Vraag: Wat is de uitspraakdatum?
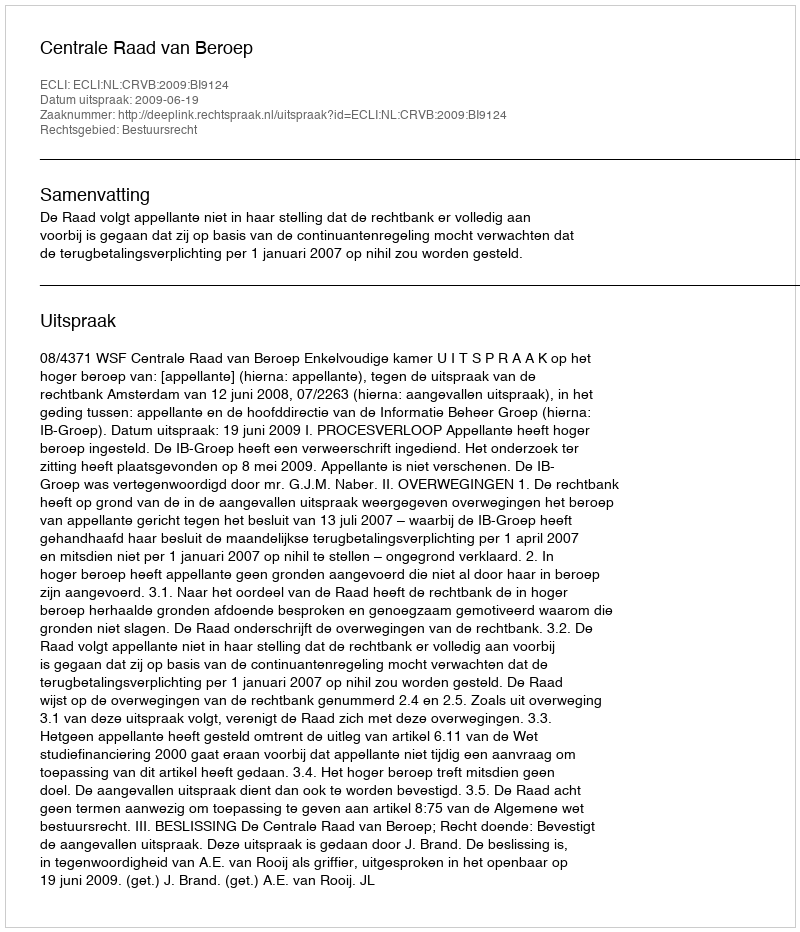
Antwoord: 2009-06-19